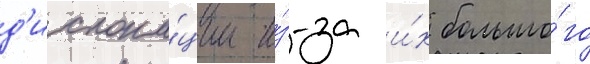
д'ислока́ции и́з-за и́х большо́го